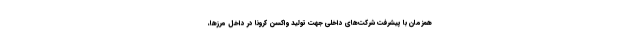
همزمان با پیشرفت شرکت‌های داخلی جهت تولید واکسن کرونا در داخل مرزها،